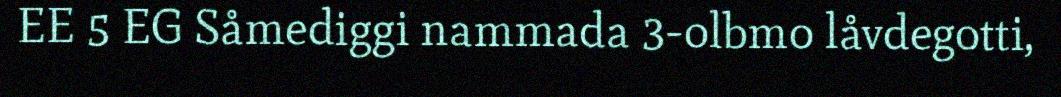
EE 5 EG Såmediggi nammada 3-olbmo låvdegotti,